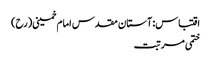
اقتباس: آستان مقدس امام خمینی(رح)
ختمی مرتبت